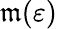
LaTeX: \mathfrak{m}(\varepsilon)